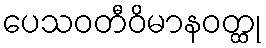
ပေသဝတီဝိမာနဝတ္ထု